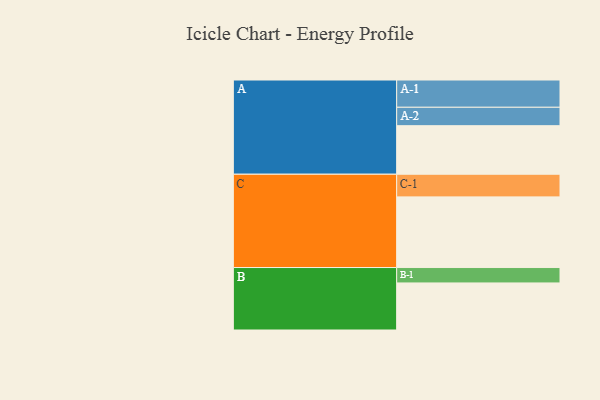
{"axis": {"x": "Segment", "y": "Value"}, "legend": ["", "A", "B", "C"], "data": [{"x": "A", "y": 356, "type": ""}, {"x": "B", "y": 345, "type": ""}, {"x": "C", "y": 518, "type": ""}, {"x": "A-1", "y": 200, "type": "A"}, {"x": "A-2", "y": 135, "type": "A"}, {"x": "B-1", "y": 113, "type": "B"}, {"x": "C-1", "y": 166, "type": "C"}]}